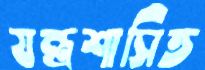
যন্ত্রশাসিত